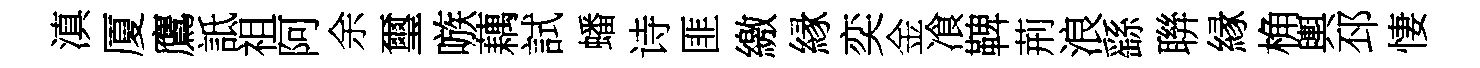
滇厦鷹詆祖阿余璽嗾藕試蟠诗匪繳縁奕金飡鞞荊浪繇聨縁桷輿邳悽